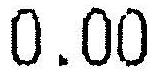
0.00